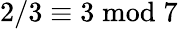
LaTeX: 2/3\equiv 3{\bmod{7}}